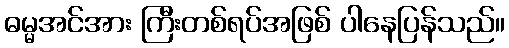
ဓမ္မအင်အား ကြီးတစ်ရပ်အဖြစ် ပါနေပြန်သည်။